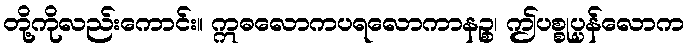
တို့ကိုလည်းကောင်း။ ဣဓလောကပရလောကာနဉ္စ၊ ဤပစ္စုပ္ပန်လောက